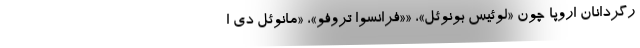
رگردانان اروپا چون «لوئیس بونوئل»، ««فرانسوا تروفو»، «مانوئل دی ا